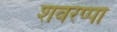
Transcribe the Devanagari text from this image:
शवरप्पा